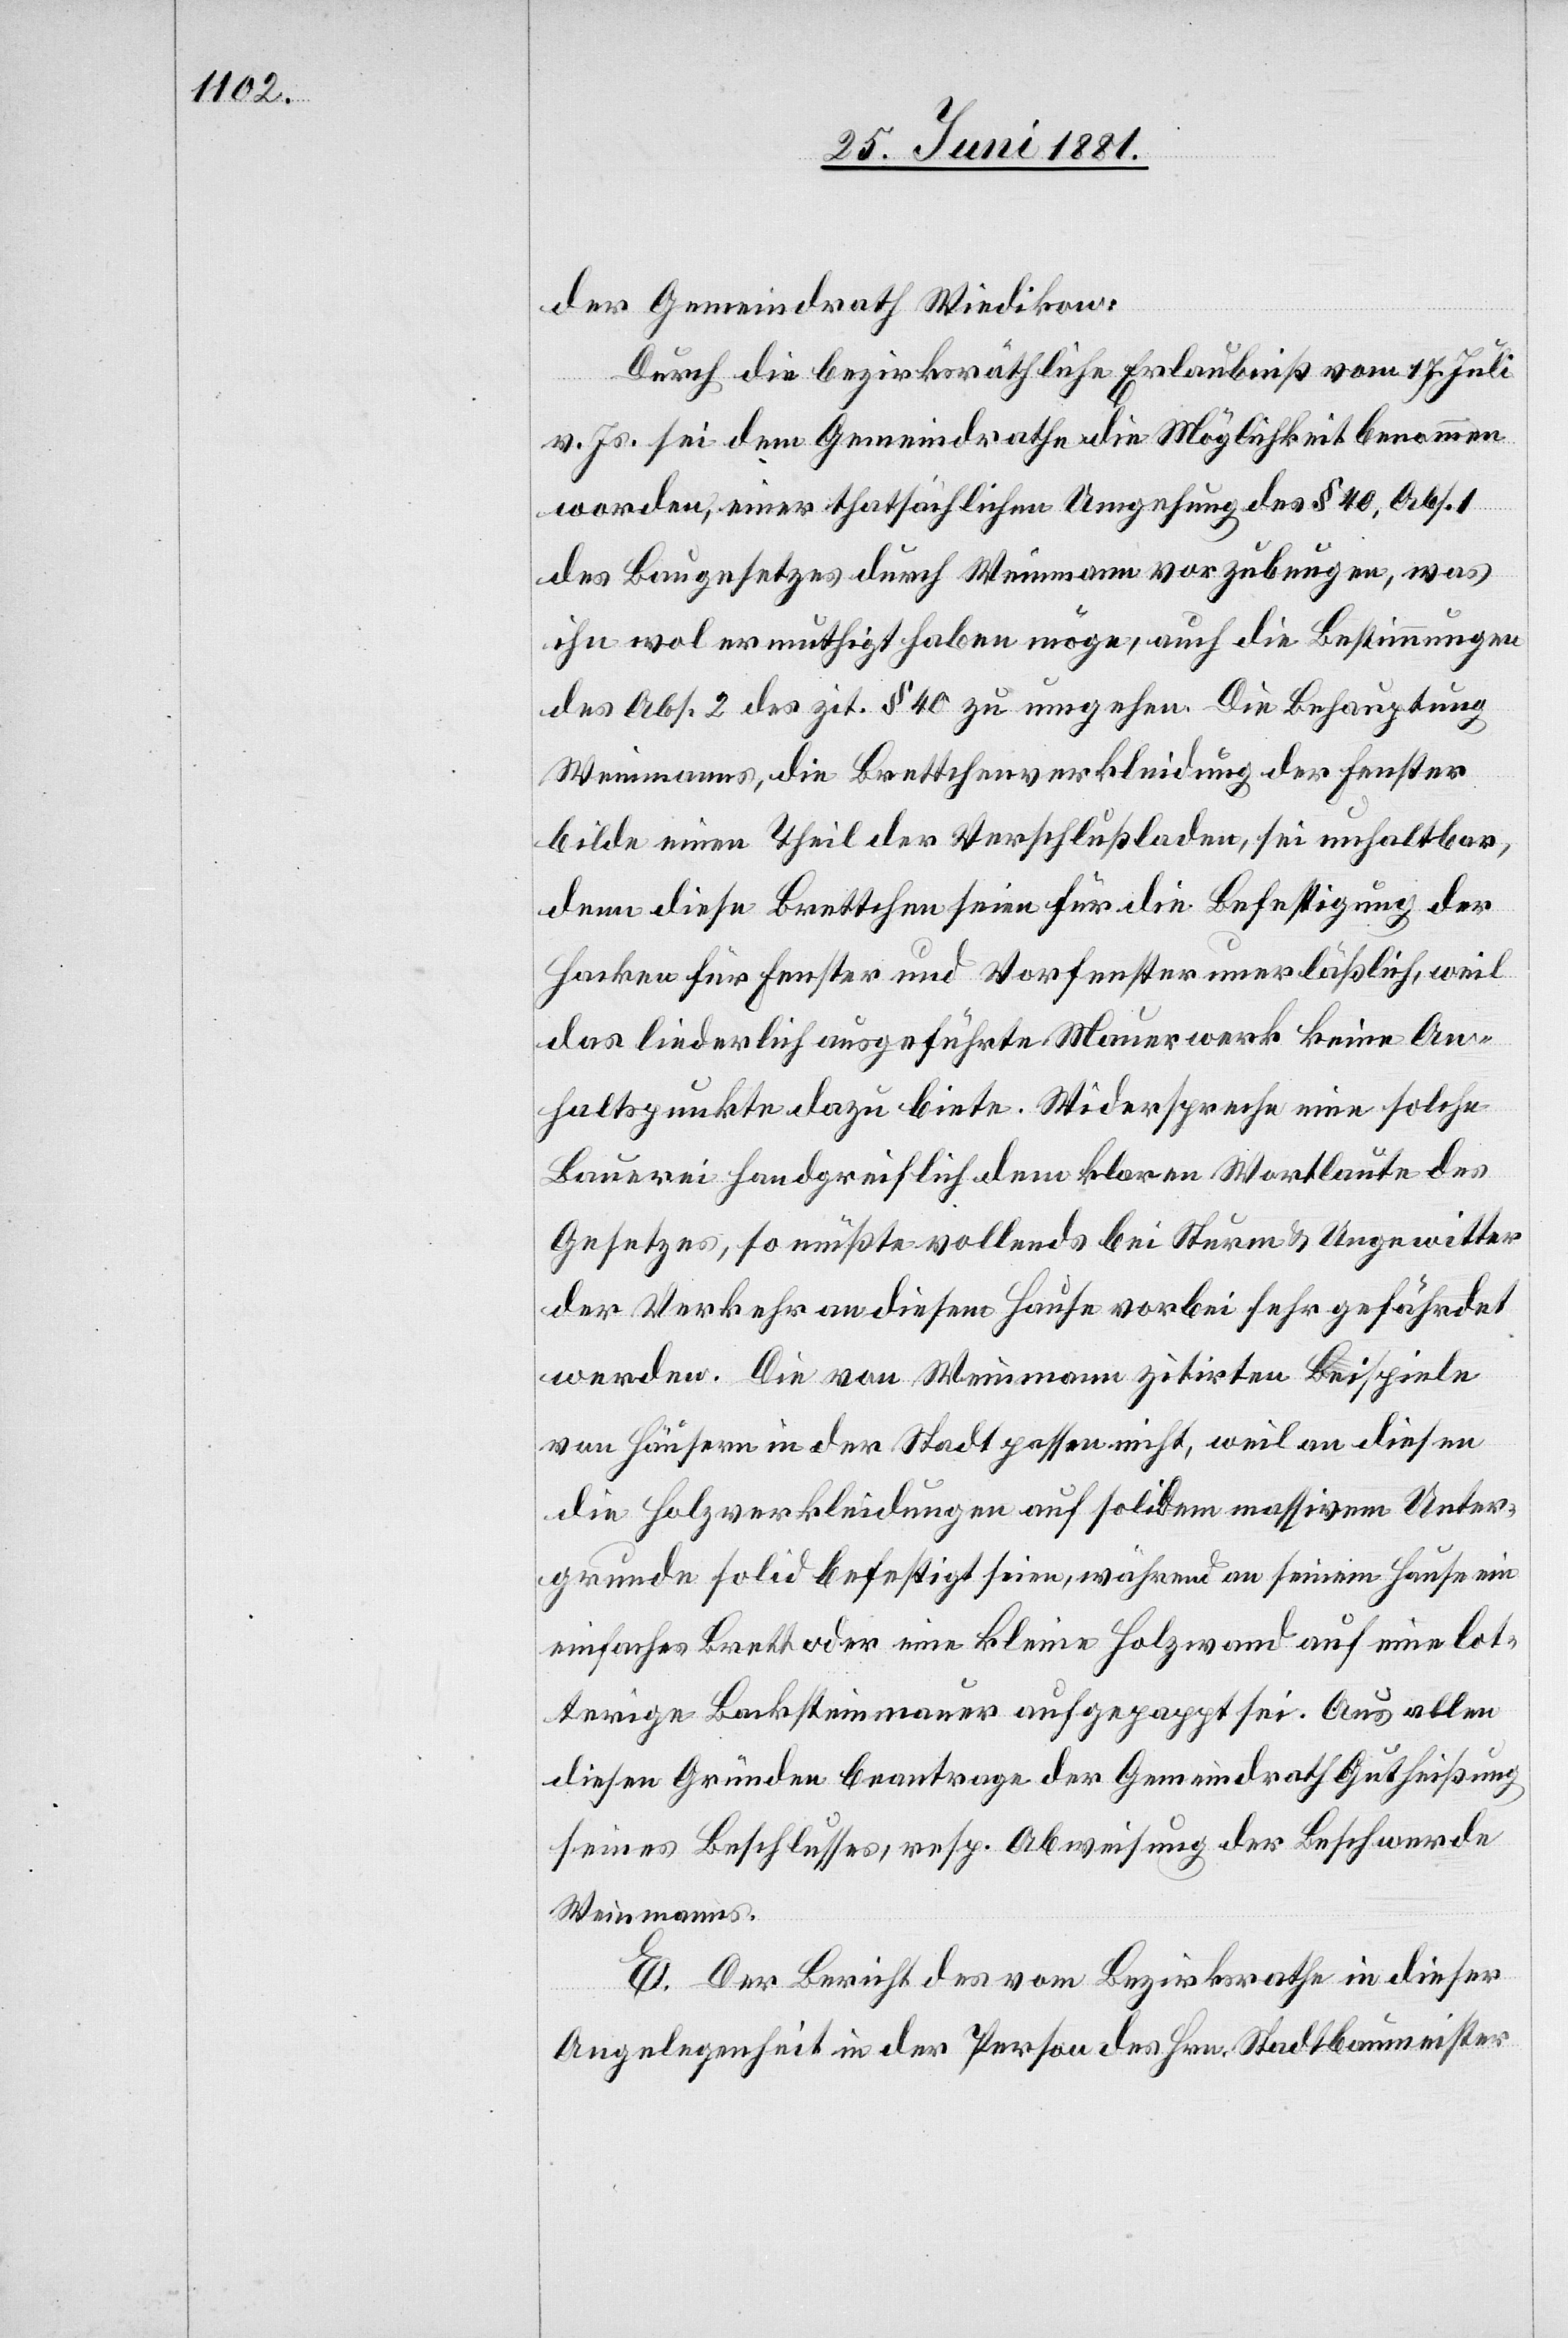
der Gemeindrath Wiedikon:
Durch die bezirksräthliche Erledigung vom 17. Juli
v. Js. sei dem Gemeindrathe die Möglichkeit benommen
worden, einer thatsächlichen Umgehung des § 40, Abs. 1
des Baugesetzes durch Weinmann vorzubeugen, was
ihn wol ermuthigt haben möge, auch die Bestimmungen
des Abs. 2 des zit. § 40 zu umgehen. Die Behauptung
Weinmanns, die Brettchenverkleidung der Fenster
bilde einen Theil der Verschlußladen, sei unhaltbar,
denn diese Brettchen seien für die Befestigung der
Hacken für Fenster und Vorfenster unerläßlich, weil
das liederlich ausgeführte Mauerwerk keine An¬
haltspunkte dazu biete. Widerspreche eine solche
Bauerei handgreiflich dem klaren Wortlaute des
Gesetzes, so müßte vollends bei Sturm & Ungewitter
der Verkehr an diesem Hause vorbei sehr gefährdet
werden. Die von Weinmann zitirten Beispiele
von Häusern in der Stadt passen nicht, weil an diesen
die Holzverkleidungen auf solidem massivem Unter¬
grunde solid befestigt seien, während an seinem Hause ein
einfaches Brett oder eine kleine Holzwand auf eine lot¬
terige Backsteinmauer aufgepappt sei. Aus allen
diesen Gründen beantrage der Gemeindrath Gutheißung
seines Beschlusses, resp. Abweisung der Beschwerde
Weinmanns.
E. Der Bericht des vom Bezirksrathe in dieser
Angelegenheit in der Person des Hrn. Stadtbaumeister